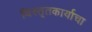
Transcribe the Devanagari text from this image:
विस्तृतकार्याचा